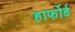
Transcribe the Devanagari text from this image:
हार्फोर्ड